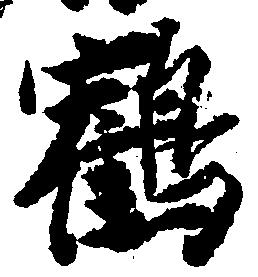
鶴